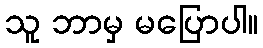
သူ ဘာမှ မပြောပါ။